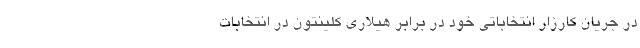
در جریان کارزار انتخاباتی خود در برابر هیلاری کلینتون در انتخابات